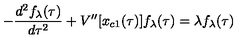
- { \frac { d ^ { 2 } f _ { \lambda } ( \tau ) } { d \tau ^ { 2 } } } + V ^ { \prime \prime } [ x _ { c 1 } ( \tau ) ] f _ { \lambda } ( \tau ) = \lambda f _ { \lambda } ( \tau )